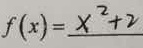
f ( x ) = x ^ { 2 } + 2